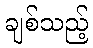
ချစ်သည့်